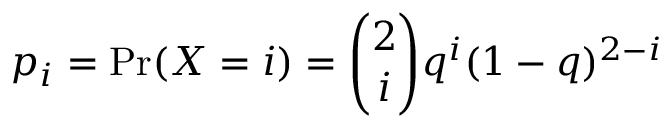
p _ { i } = \mathrm { P r } ( X = i ) = { \binom { 2 } { i } } q ^ { i } ( 1 - q ) ^ { 2 - i }